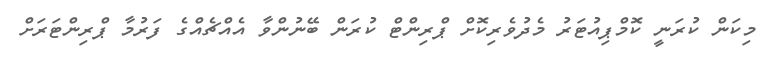
މިކަން ކުރަނީ ކޮމްޕިއުޓަރު މެދުވެރިކޮށް ޕްރިންޓް ކުރަން ބޭނުންވާ އެއްޗެއްގެ ފަރުމާ ޕްރިންޓަރަށް